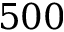
5 0 0